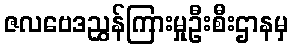
ဇလဗေဒညွှန်ကြားမှုဦးစီးဌာနမှ